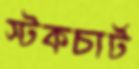
স্টকচার্ট